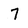
Character: 7